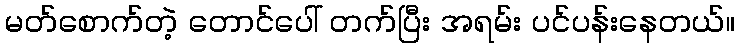
မတ်စောက်တဲ့ တောင်ပေါ် တက်ပြီး အရမ်း ပင်ပန်းနေတယ်။